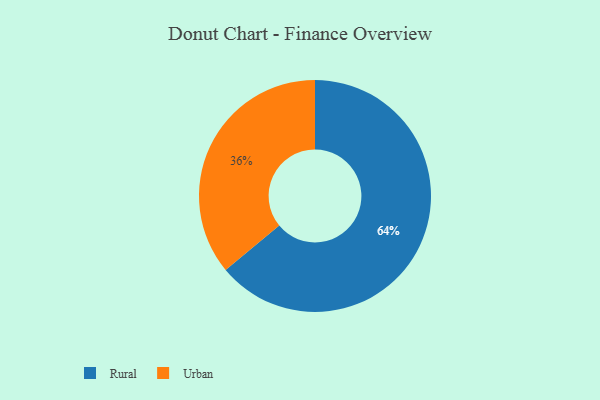
{"axis": {"x": "Category", "y": "Percentage"}, "legend": ["Rural", "Urban"], "data": [{"x": "Rural", "y": 64, "type": "Rural"}, {"x": "Urban", "y": 36, "type": "Urban"}]}